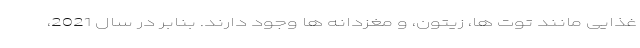
غذایی مانند توت ها، زیتون، و مغزدانه ها وجود دارند. بنابر در سال 2021،